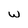
Character: w